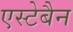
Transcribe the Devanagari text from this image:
एस्टेबैन